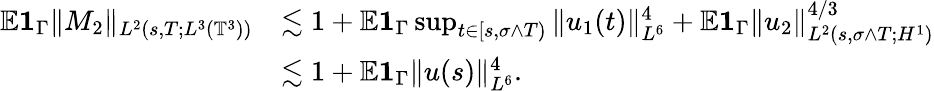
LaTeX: \begin{array}{rl}{{\mathbb E}{{\mathbf 1}}_{\Gamma}\| M_{2}\| _{L^{2}(s,T;L^{3}(\mathbb{T}^{3}))}}&{\lesssim 1+{\mathbb E}{{\mathbf 1}}_{\Gamma}\operatorname*{sup}_{t\in[s,\sigma\wedge T)}\| u_{1}(t)\| _{L^{6}}^{4}+{\mathbb E}{{\mathbf 1}}_{\Gamma}\| u_{2}\| _{L^{2}(s,\sigma\wedge T;H^{1})}^{4/3}}\\ &{\lesssim 1+{\mathbb E}{{\mathbf 1}}_{\Gamma}\| u(s)\| _{L^{6}}^{4}.}\end{array}